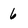
Character: 6